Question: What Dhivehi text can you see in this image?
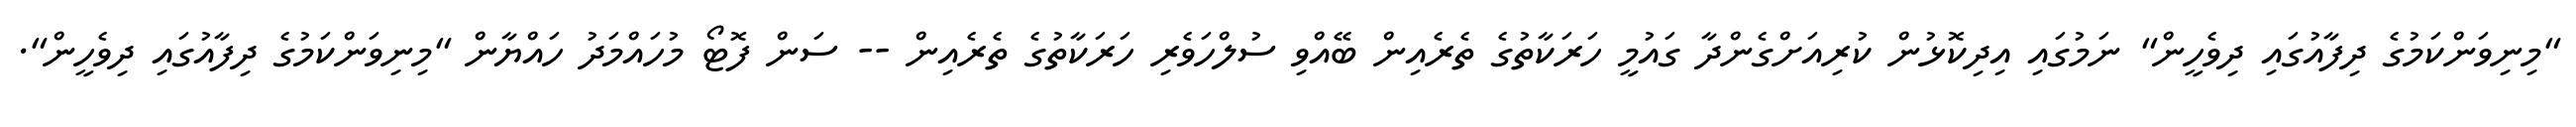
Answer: "މިނިވަންކަމުގެ ދިފާއުގައި ދިވެހީން" ނަމުގައި އިދިކޮޅުން ކުރިއަށްގެންދާ ގައުމީ ހަރަކާތުގެ ތެރެއިން ބޭއްވި ސުލްހަވެރި ހަރަކާތުގެ ތެރެއިން -- ސަން ފޮޓޯ މުހައްމަދު ހައްޔާން "މިނިވަންކަމުގެ ދިފާއުގައި ދިވެހީން".